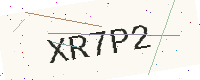
Text: XR7P2